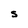
Character: S